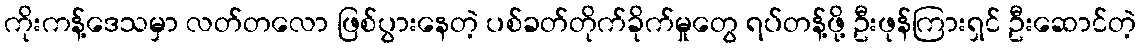
ကိုးကန့်ဒေသမှာ လတ်တလော ဖြစ်ပွားနေတဲ့ ပစ်ခတ်တိုက်ခိုက်မှုတွေ ရပ်တန့်ဖို့ ဦးဖုန်ကြားရှင် ဦးဆောင်တဲ့